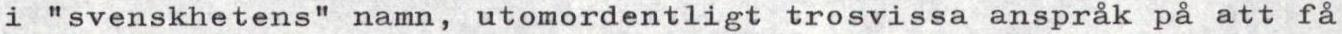
i "svenskhetens" namn, utomordentligt trosvissa anspråk på att få